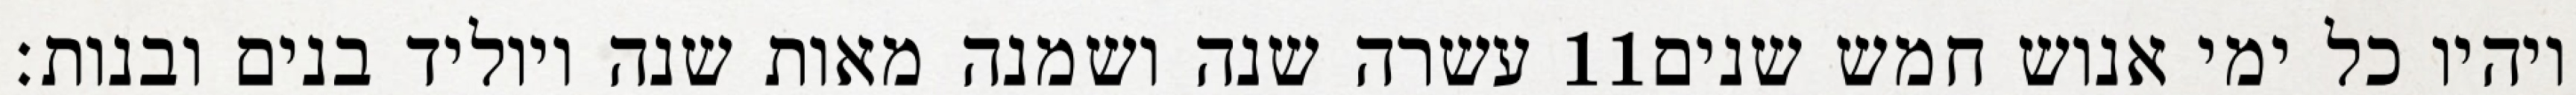
עשרה שנה ושמנה מאות שנה ויוליד בנים ובנות׃ ‎11‏ ויהיו כל ימי אנוש חמש שנים